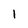
Character: l